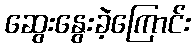
ဆွေးနွေးခဲ့ကြောင်း